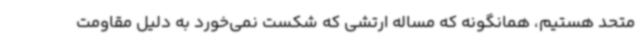
متحد هستیم، همانگونه که مساله ارتشی که شکست نمی‌خورد به دلیل مقاومت